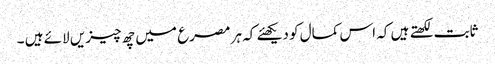
ثابت لکھتے ہیں کہ اس کمال کو دیکھئے کہ ہر مصرع میں چھ چیزیں لائے ہیں ۔